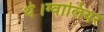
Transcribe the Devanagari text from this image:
थे।ग्वालियर